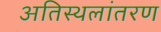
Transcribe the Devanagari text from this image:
अतिस्थलांतरण